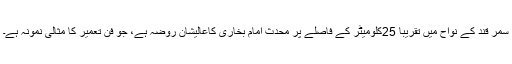
سمر قند کے نواح میں تقریباً 25کلومیٹر کے فاصلے پر محدث امام بخاری کاعالیشان روضہ ہے، جو فنِ تعمیر کا مثالی نمونہ ہے۔